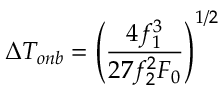
\Delta T _ { o n b } = \left( \frac { 4 f _ { 1 } ^ { 3 } } { 2 7 f _ { 2 } ^ { 2 } F _ { 0 } } \right) ^ { 1 / 2 }